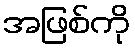
အဖြစ်ကို